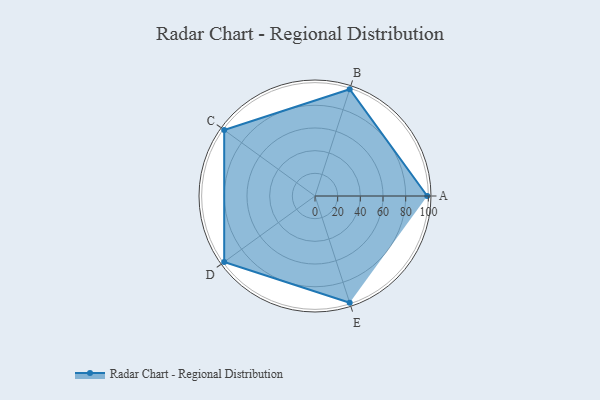
{"axis": {"x": "Skill", "y": "Score"}, "legend": ["Profile"], "data": [{"x": "A", "y": 99.0, "type": "Profile"}, {"x": "B", "y": 99, "type": "Profile"}, {"x": "C", "y": 99, "type": "Profile"}, {"x": "D", "y": 99, "type": "Profile"}, {"x": "E", "y": 99, "type": "Profile"}]}